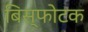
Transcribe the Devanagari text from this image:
बिस्फोटक